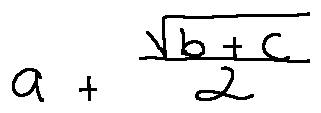
a + \frac { \sqrt { b + c } } { 2 }